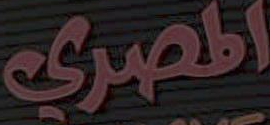
المصري